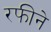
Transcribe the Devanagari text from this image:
रफीने